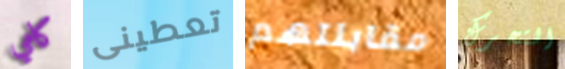
كامي تعطينى مقابلتهم التحرك